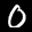
Label: 0